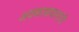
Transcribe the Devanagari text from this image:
अवकाशयानांनी